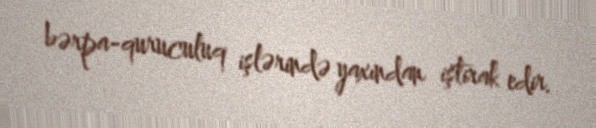
bərpa-quruculuq işlərində yaxından iştirak edir.